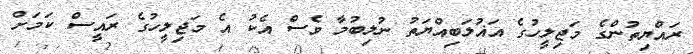
ރައްޔިތުންގެ މަޖިލީހުގެ އަޣުލަބިއްޔަތު ނުލިބުމާ ވެސް އެކު އެ މަޖިލީހުގެ ރައީސް ކަމަށް